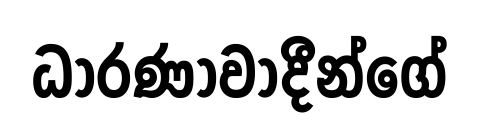
ධාරණාවාදීන්ගේ